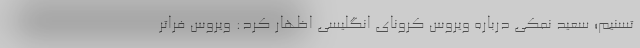
تسنیم؛ سعید نمکی درباره ویروس کرونای انگلیسی اظهار کرد: ویروس فراتر